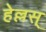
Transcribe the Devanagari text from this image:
हेल्लस्